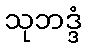
သုဘဒ္ဒံ